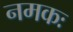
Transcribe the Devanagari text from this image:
नमकः